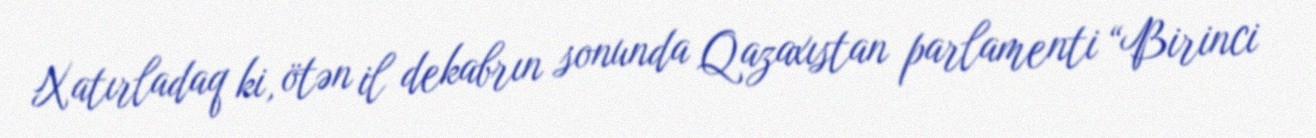
Xatırladaq ki, ötən il dekabrın sonunda Qazaxıstan parlamenti “Birinci